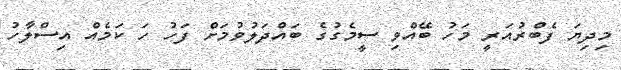
މިދިޔަ ފެބްރުއަރީ މަހު ބޭއްވި ސީމެގުގެ ބައްދަލުވުމަށް ފަހު ހަ ކަމެއް އިސްލާހު